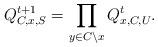
LaTeX: \begin{align*} Q_{C,x,S}^{t+1}=\prod_{y\in C\setminus x}Q_{x,C,U}^t.\end{align*}